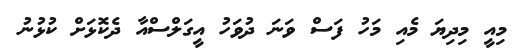
މިއީ މިދިޔަ މެއި މަހު ފަސް ވަަނަ ދުވަހު އީގަލްސްއާ ދެކޮޅަށް ކުޅުނު